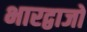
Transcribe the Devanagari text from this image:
भारद्वाजो